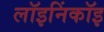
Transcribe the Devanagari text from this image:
लॉइनिंकॉइ